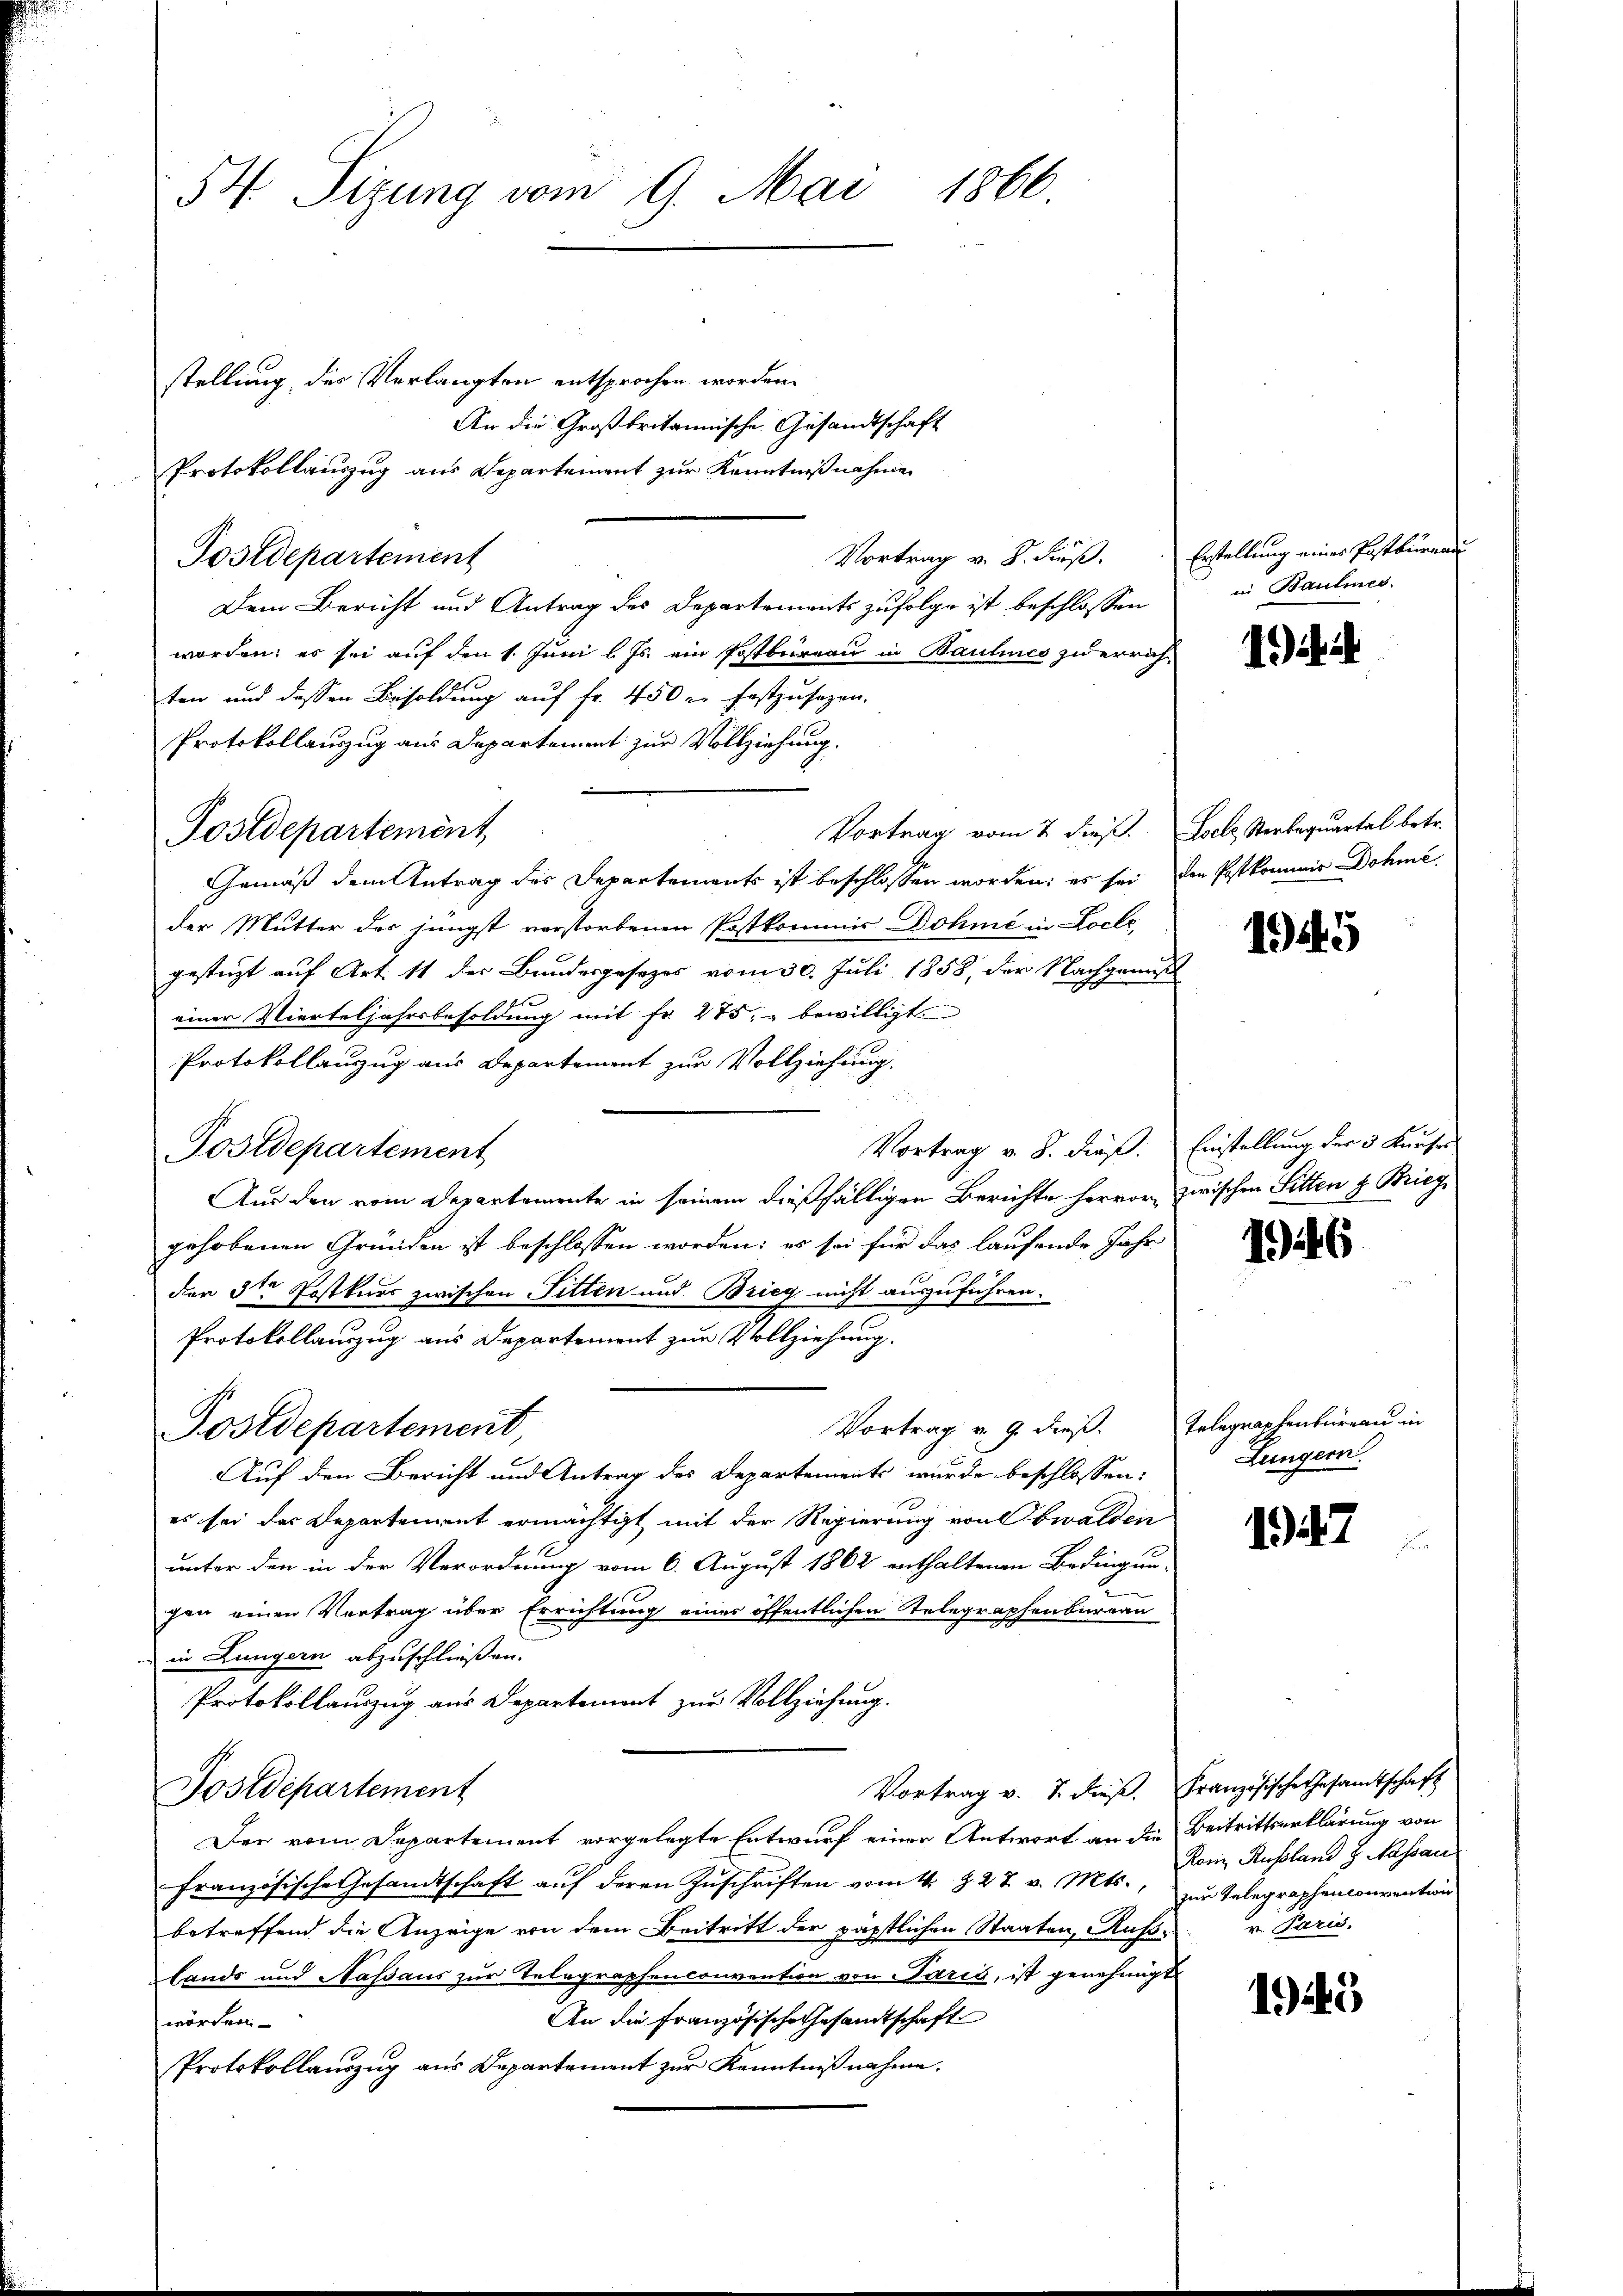
54 Sizung vom 9. Mai 1866.

stellung der Verlangten entsprochen worden.
An die Großbritannische Gesandtschaft
Protokollauszug aus Departement zur Kenntnißnahme.
Vortrag v. B. dieß. Erstellung eines Postburea
Postdepartement
Dem Bericht und Antrag des Departements zufolge ist beschlossen
worden; es sei auf den 1. Juni l. Js. ein Postbureau in Baulines zu errichten und dessen Besoldung auf Fr. 450 er festzusetzen.
Protokollauszug aus Departement zur Vollziehung.
Vortrag vom 2. dieß. Loel Sterbaquartal betr.
Gemäß dem Antrag der Departements ist beschlossen worden; es sei den Postkommis Dohméder Mutter der jüngst verstorbenen Postkommis Dohne in Loche,
gestüzt auf Art. 11 der Bundesgesezes vom 30. Juli 1858, der Nachgenuß
f
einer Vierteljahrsbesoldung mit Fr. 475. bewilligt.
Protokollauszug aus Departement zur Vollziehung.

Vortrag v. 8. dieß. Einstellung der 3 Kurser
Postdepartement
Aus den vom Departemente in seinem dießfälligen Berichte hervor, zwischen Sitten & Briegsgehobenen Gründen ist beschlossen worden: es sei für das laufende Jahr
der 3ten Postkurs zwischen Sitten und Brieg nicht auszuführen.
Protokollauszug aus Departement zur Vollziehung.
Vortrag v. 9. dieß. Telegraphenbüreau in
Postdepartement,
Auf den Bericht und Antrag des Departements wurde beschlossen:
es sei der Departement ermächtigt mit der Regierung von Obwalden
unter den in der Verordnung vom 6. August 1862 enthaltenen Bedingun-
gen einen Vortrag über Errichtung einer öffentlichen Telegraphenbureau
in Lungern abzuschließen.
Protokollauszug aus Departement zur Vollziehung.
Vortrag v. 7. dieβ. Französische Gesamtschaft
Postdepartement
Der vom Departement vorgelegte Entwurf einer Antwort an die Beitrittserklärung von
französische Gesandtschaft auf deren Zuschriften vom 4. §. 27. v. Mts., zur Telegraphenconvention
betreffend die Anzeige von dem Beitritt der päpstlichen Staaten, Ruß- u. Paris,
lands und Nassaus zur Telegraphenconvention von Paris, ist genehmigt
An die Französische Gesandtschaft
worden.
Protokollauszug aus Departement zur Kenntnißnahme.

Postdepartement,

in Baumes.

i

1945

146

Lungern.

1947

Rom, Russland J. Nassau

149